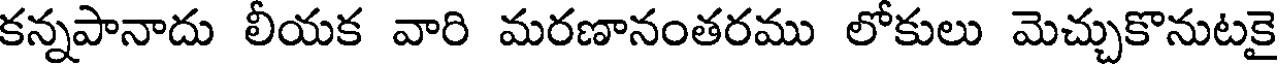
కన్నపానాదు లీయక వారి మరణానంతరము లోకులు మెచ్చుకొనుటకై